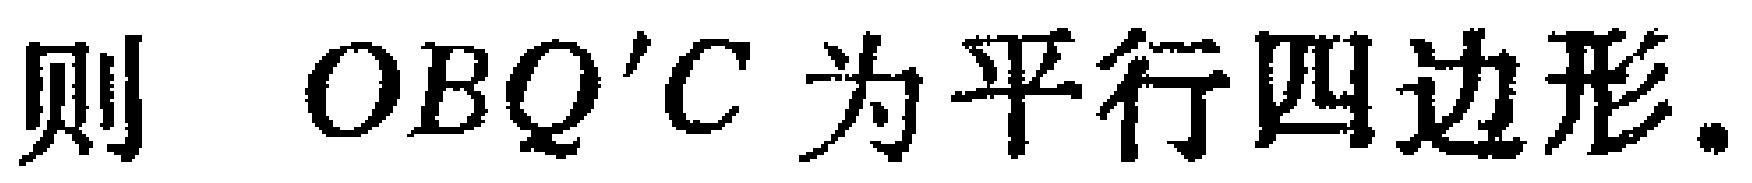
则 \(OBQ'C\) 为平行四边形.